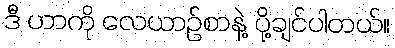
ဒီ ဟာကို လေယာဉ်စာနဲ့ ပို့ချင်ပါတယ်။